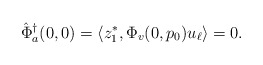
\begin{align*}\hat\Phi^\dagger_a(0,0) &= \langle z_1^*, \Phi_v(0,p_0)u_\ell\rangle = 0.\end{align*}